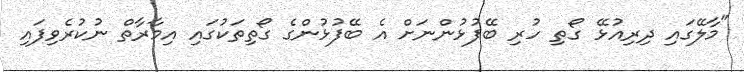
"މާލޭގައި ދިރިއުޅޭ ގޯތި ހުރި ބޭފުޅުންނަށް އެ ބޭފުޅުންގެ ގޯތިތަކުގައި އިމާރާތް ނުކުރެވިފައި